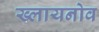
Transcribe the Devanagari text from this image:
ख्लायनोव